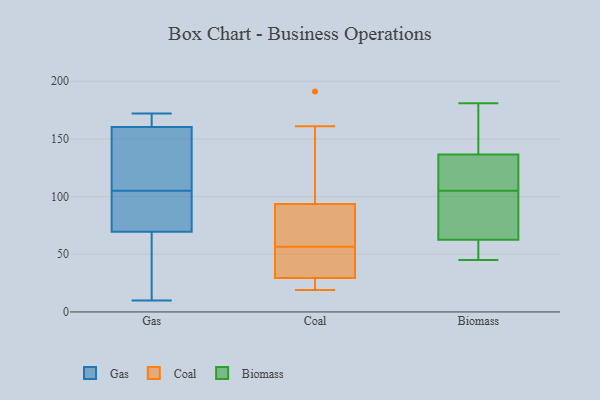
{"axis": {"x": "Customer Acquisition Cost (USD)", "y": "Value"}, "legend": ["Biomass", "Coal", "Gas"], "data": [{"x": "", "y": 172, "type": "Gas"}, {"x": "", "y": 90, "type": "Gas"}, {"x": "", "y": 105, "type": "Gas"}, {"x": "", "y": 161, "type": "Gas"}, {"x": "", "y": 73, "type": "Gas"}, {"x": "", "y": 119, "type": "Gas"}, {"x": "", "y": 160, "type": "Gas"}, {"x": "", "y": 72, "type": "Gas"}, {"x": "", "y": 62, "type": "Gas"}, {"x": "", "y": 110, "type": "Gas"}, {"x": "", "y": 167, "type": "Gas"}, {"x": "", "y": 60, "type": "Gas"}, {"x": "", "y": 144, "type": "Gas"}, {"x": "", "y": 10, "type": "Gas"}, {"x": "", "y": 30, "type": "Gas"}, {"x": "", "y": 99, "type": "Gas"}, {"x": "", "y": 164, "type": "Gas"}, {"x": "", "y": 161, "type": "Coal"}, {"x": "", "y": 101, "type": "Coal"}, {"x": "", "y": 77, "type": "Coal"}, {"x": "", "y": 191, "type": "Coal"}, {"x": "", "y": 159, "type": "Coal"}, {"x": "", "y": 34, "type": "Coal"}, {"x": "", "y": 85, "type": "Coal"}, {"x": "", "y": 28, "type": "Coal"}, {"x": "", "y": 39, "type": "Coal"}, {"x": "", "y": 19, "type": "Coal"}, {"x": "", "y": 34, "type": "Coal"}, {"x": "", "y": 20, "type": "Coal"}, {"x": "", "y": 20, "type": "Coal"}, {"x": "", "y": 31, "type": "Coal"}, {"x": "", "y": 74, "type": "Coal"}, {"x": "", "y": 86, "type": "Coal"}, {"x": "", "y": 158, "type": "Biomass"}, {"x": "", "y": 45, "type": "Biomass"}, {"x": "", "y": 97, "type": "Biomass"}, {"x": "", "y": 154, "type": "Biomass"}, {"x": "", "y": 129, "type": "Biomass"}, {"x": "", "y": 102, "type": "Biomass"}, {"x": "", "y": 108, "type": "Biomass"}, {"x": "", "y": 52, "type": "Biomass"}, {"x": "", "y": 65, "type": "Biomass"}, {"x": "", "y": 55, "type": "Biomass"}, {"x": "", "y": 181, "type": "Biomass"}, {"x": "", "y": 117, "type": "Biomass"}, {"x": "", "y": 144, "type": "Biomass"}, {"x": "", "y": 60, "type": "Biomass"}, {"x": "", "y": 111, "type": "Biomass"}, {"x": "", "y": 94, "type": "Biomass"}]}